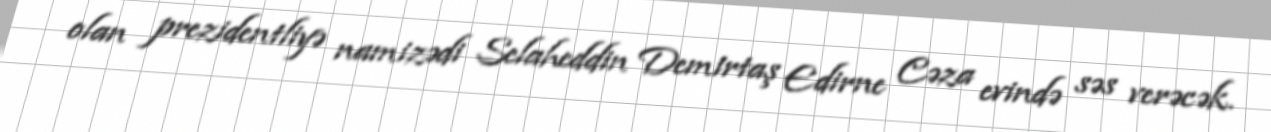
olan prezidentliyə namizədi Selaheddin Demirtaş Edirne Cəza evində səs verəcək.